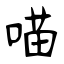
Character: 喵